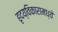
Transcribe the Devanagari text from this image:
हृदय्विकारामध्ये